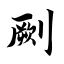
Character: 劂